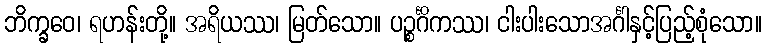
ဘိက္ခဝေ၊ ရဟန်းတို့။ အရိယဿ၊ မြတ်သော။ ပဉ္စင်္ဂိကဿ၊ ငါးပါးသောအင်္ဂါနှင့်ပြည့်စုံသော။